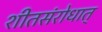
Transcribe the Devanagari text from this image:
शीतसंरोधात्